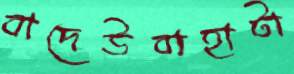
বাদেউবাহাটা